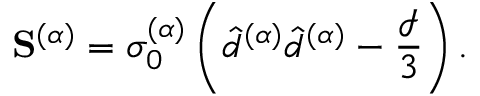
\mathbf { S } ^ { ( \alpha ) } = \sigma _ { 0 } ^ { ( \alpha ) } \left( \hat { d } ^ { ( \alpha ) } \hat { d } ^ { ( \alpha ) } - \frac { \mathcal { I } } { 3 } \right) .